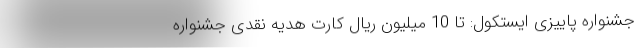
جشنواره پاییزی ایستکول: تا 10 میلیون ریال کارت هدیه نقدی جشنواره